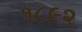
૧૮૯૨